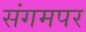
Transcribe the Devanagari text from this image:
संगमपर